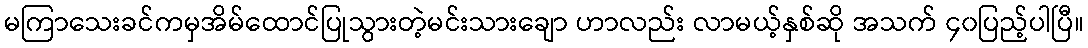
မကြာသေးခင်ကမှအိမ်ထောင်ပြုသွားတဲ့မင်းသားချော ဟာလည်း လာမယ့်နှစ်ဆို အသက် ၄၀ပြည့်ပါပြီ။